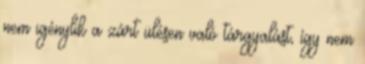
nem igénylik a zárt ülésen való tárgyalást, így nem